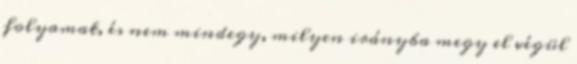
folyamat, és nem mindegy, milyen irányba megy el végül